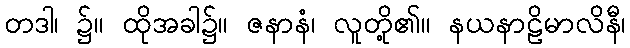
တဒါ၊ ၌။ ထိုအခါ၌။ ဇနာနံ၊ လူတို့၏။ နယနာဠိမာလိနီ၊